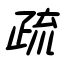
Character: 疏